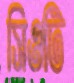
সিওটি